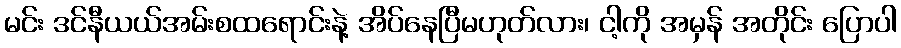
မင်း ဒင်နီယယ်အမ်းစထရောင်းနဲ့ အိပ်နေပြီမဟုတ်လား၊ ငါ့ကို အမှန် အတိုင်း ပြောပါ